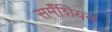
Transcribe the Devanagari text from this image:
सर्मॅशियन